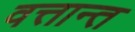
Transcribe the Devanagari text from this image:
वत्तान्त